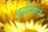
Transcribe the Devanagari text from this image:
बुद्धीमत्तेने